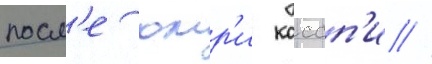
посл'е омр'и кассп'и //